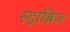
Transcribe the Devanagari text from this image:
स्ट्राब्रिज